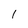
Character: I